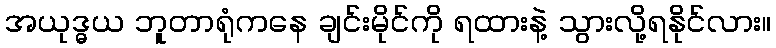
အယုဒ္ဓယ ဘူတာရုံကနေ ချင်းမိုင်ကို ရထားနဲ့ သွားလို့ရနိုင်လား။